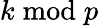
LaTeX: k{\bmod{p}}